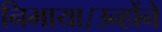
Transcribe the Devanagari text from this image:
निभाया।उन्होंने